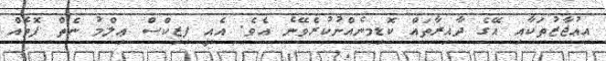
އިޢުޖާޒުތަކާއި އޭގެ ދާއިރާތައް ކޮޑިމިނެއްނުކުރެވޭނެ އެވެ. އެއީ ފިޒިކްސް ޢިލްމު ނެތް ފޮތެއް